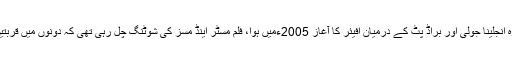
ہالی ووڈ اداکارہ انجلینا جولی اور براڈ پٹ کے درمیان افیئر کا آغاز 2005ءمیں ہوا، فلم مسٹر اینڈ مسز کی شوٹنگ چل رہی تھی کہ دونوں میں قربتیں بڑھنے لگی۔